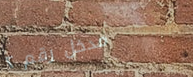
مدخل رقم ٢